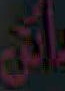
الكن